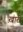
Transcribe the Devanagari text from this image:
ख़ारी